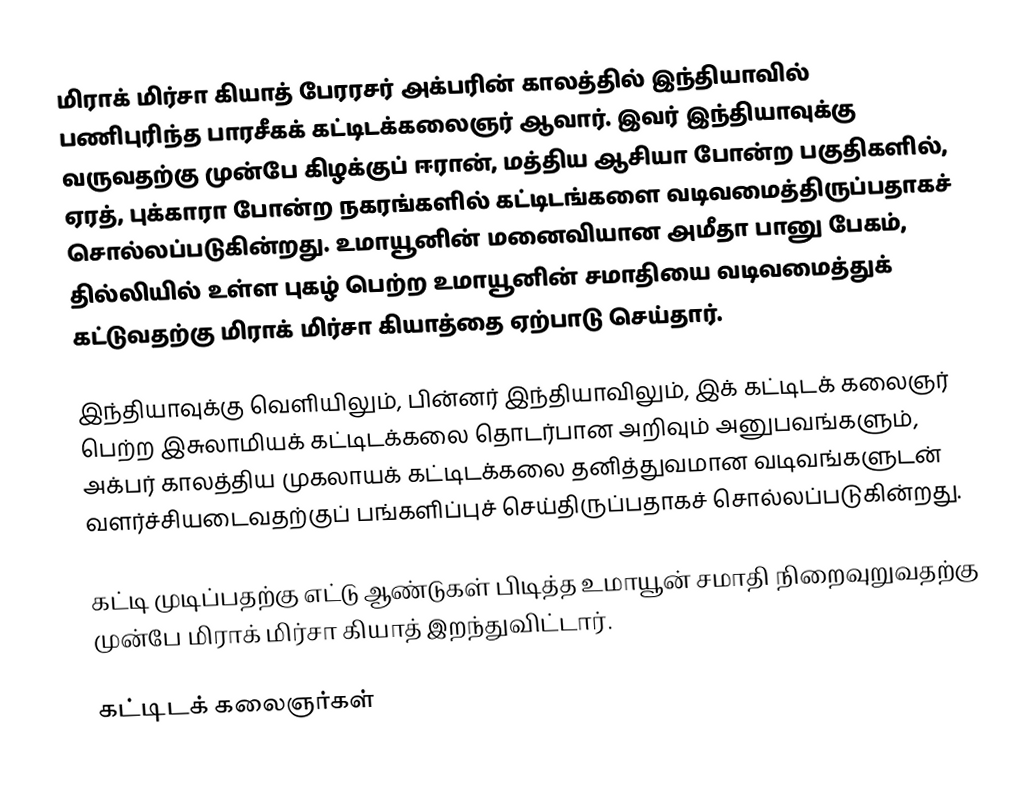
மிராக் மிர்சா கியாத் பேரரசர் அக்பரின் காலத்தில் இந்தியாவில் பணிபுரிந்த பாரசீகக் கட்டிடக்கலைஞர் ஆவார். இவர் இந்தியாவுக்கு வருவதற்கு முன்பே கிழக்குப் ஈரான், மத்திய ஆசியா போன்ற பகுதிகளில், ஏரத், புக்காரா போன்ற நகரங்களில் கட்டிடங்களை வடிவமைத்திருப்பதாகச் சொல்லப்படுகின்றது. உமாயூனின் மனைவியான அமீதா பானு பேகம், தில்லியில் உள்ள புகழ் பெற்ற உமாயூனின் சமாதியை வடிவமைத்துக் கட்டுவதற்கு மிராக் மிர்சா கியாத்தை ஏற்பாடு செய்தார்.

இந்தியாவுக்கு வெளியிலும், பின்னர் இந்தியாவிலும், இக் கட்டிடக் கலைஞர் பெற்ற இசுலாமியக் கட்டிடக்கலை தொடர்பான அறிவும் அனுபவங்களும், அக்பர் காலத்திய முகலாயக் கட்டிடக்கலை தனித்துவமான வடிவங்களுடன் வளர்ச்சியடைவதற்குப் பங்களிப்புச் செய்திருப்பதாகச் சொல்லப்படுகின்றது.

கட்டி முடிப்பதற்கு எட்டு ஆண்டுகள் பிடித்த உமாயூன் சமாதி நிறைவுறுவதற்கு முன்பே மிராக் மிர்சா கியாத் இறந்துவிட்டார்.

கட்டிடக் கலைஞர்கள்